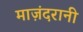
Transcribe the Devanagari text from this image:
माज़ंदरानी